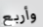
وأربع